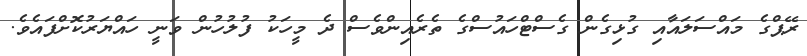
ރޭޕްގެ މައްސަލައާއި ގުޅިގެން ގެސްޓްހައުސްގެ ތެރެއިންވެސް ދެ މީހަކު ފުލުހުން ވަނީ ހައްޔަރުކޮށްފައެވެ.